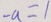
- a = 1